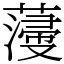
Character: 薓